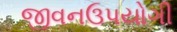
જીવનઉપયોગી